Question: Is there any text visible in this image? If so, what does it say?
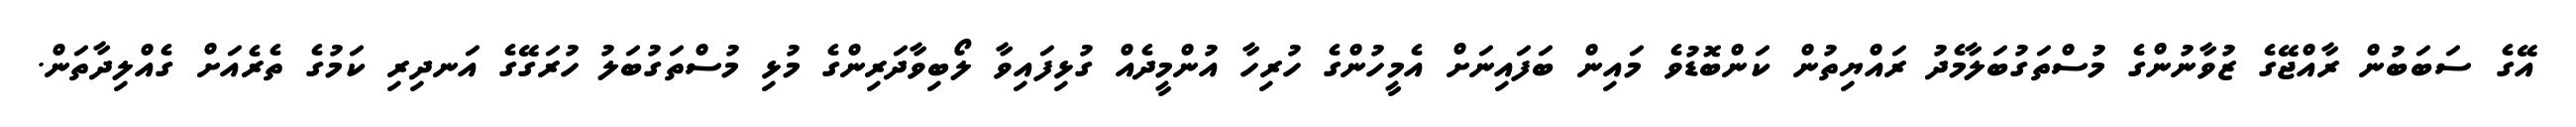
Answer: އޭގެ ސަބަބުން ރާއްޖޭގެ ޒުވާނުންގެ މުސްތަގުބަލާމެދު ރައްޔިތުން ކަންބޮޑުވެ މައިން ބަފައިނަށް އެމީހުންގެ ހުރިހާ އުންމީދެއް ގުޅިފައިވާ ލޯބިވާދަރިންގެ މުޅި މުސްތަގުބަލު ހުރަގޭގެ އަނދިރި ކަމުގެ ތެރެއަށް ގެއްލިދާތަން.